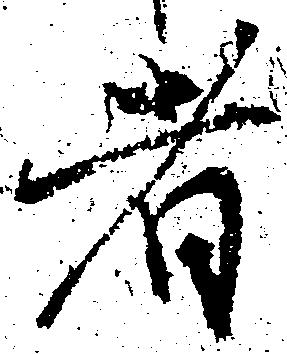
者